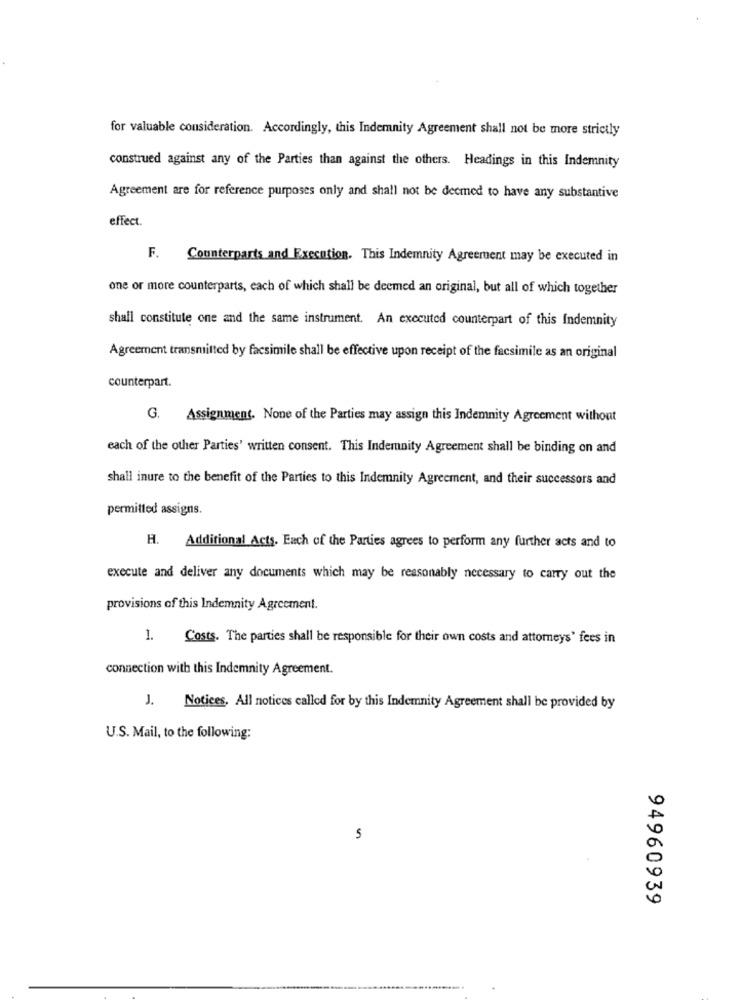
for valuable consideration. Accordingly, this Indemnity Agreement shall not be more strictly
construed against any of the Parties than against the others. Headings in this Indemnity
Agreement are for reference purposes only and shall not be deemed to have any substantive
effect.
F.
Counterparts and Execution. This Indemnity Agreement may be executed in
one or more counterparts, each of which shall be deemed an original, but all of which together
shall constitute one and the same instrument. An executed counterpart of this Indemnity
Agreement transmitted by facsimile shall be effective upon receipt of the facsimile as an original
counterpart.
G. Assignment. None of the Parties may assign this Indemnity Agreement without
each of the other Parties' written consent. This Indemnity Agreement shall be binding on and
shall inure to the benefit of the Parties to this Indemnity Agreement, and their successors and
permitted assigns.
H. Additional Acts. Each of the Parties agrees to perform any further acts and to
execute and deliver any documents which may be reasonably necessary to carry out the
provisions of this Indemnity Agreement.
1.
Costs. The parties shall be responsible for their own costs and attorneys' fees in
connection with this Indemnity Agreement.
J. Notices. All notices called for by this Indemnity Agreement shall be provided by
U.S. Mail, to the following:
5
94960939